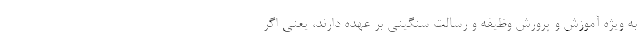
به ویژه آموزش و پرورش وظیفه و رسالت سنگینی بر عهده دارند، یعنی اگر